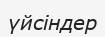
үйсіндер